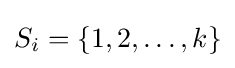
S_{i}=\{1,2,\ldots ,k\}